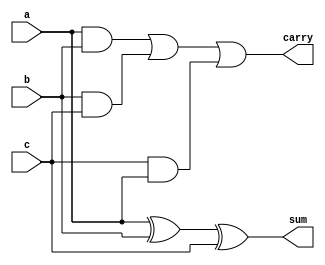
module full_adder(sum,carry,a,b,c);
output wire sum,carry;
input wire a,b,c;
assign sum=a^b^c;
assign carry=(a&b)|(b&c)|(c&a);
endmodule


module full_adder_tb;
reg a,b,c;
wire sum,carry;

full_adder UUT (.a(a),.b(b),.c(c),.sum(sum),.carry(carry));

initial 
begin
$monitor($time,"a=%b b=%b c=%b sum=%b carry=%b",a,b,c,sum,carry);

a=0;
b=0;
c=0;
#10;

a=0;
b=0;
c=1;
#10;

a=0;
b=1;
c=0;
#10;

a=0;
b=1;
c=1;
#10;

a=1;
b=0;
c=0;
#10;

a=1;
b=0;
c=1;
#10;

a=1;
b=1;
c=0;
#10;

a=1;
b=1;
c=1;
#10;
end 
endmodule